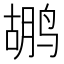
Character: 鹕